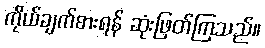
ကိုယ်ချက်စားရန် ဆုံးဖြတ်ကြသည်။